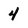
Character: 4